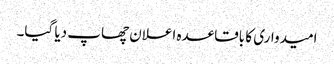
امیدواری کا باقاعدہ اعلان چھاپ دیا گیا۔